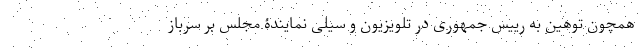
همچون توهین به رییس جمهوری در تلویزیون و سیلی نمایندۀ مجلس بر سرباز